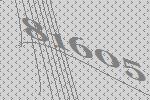
81605